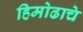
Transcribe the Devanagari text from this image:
हिमोढाचे